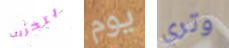
بتخريب يوم وتري